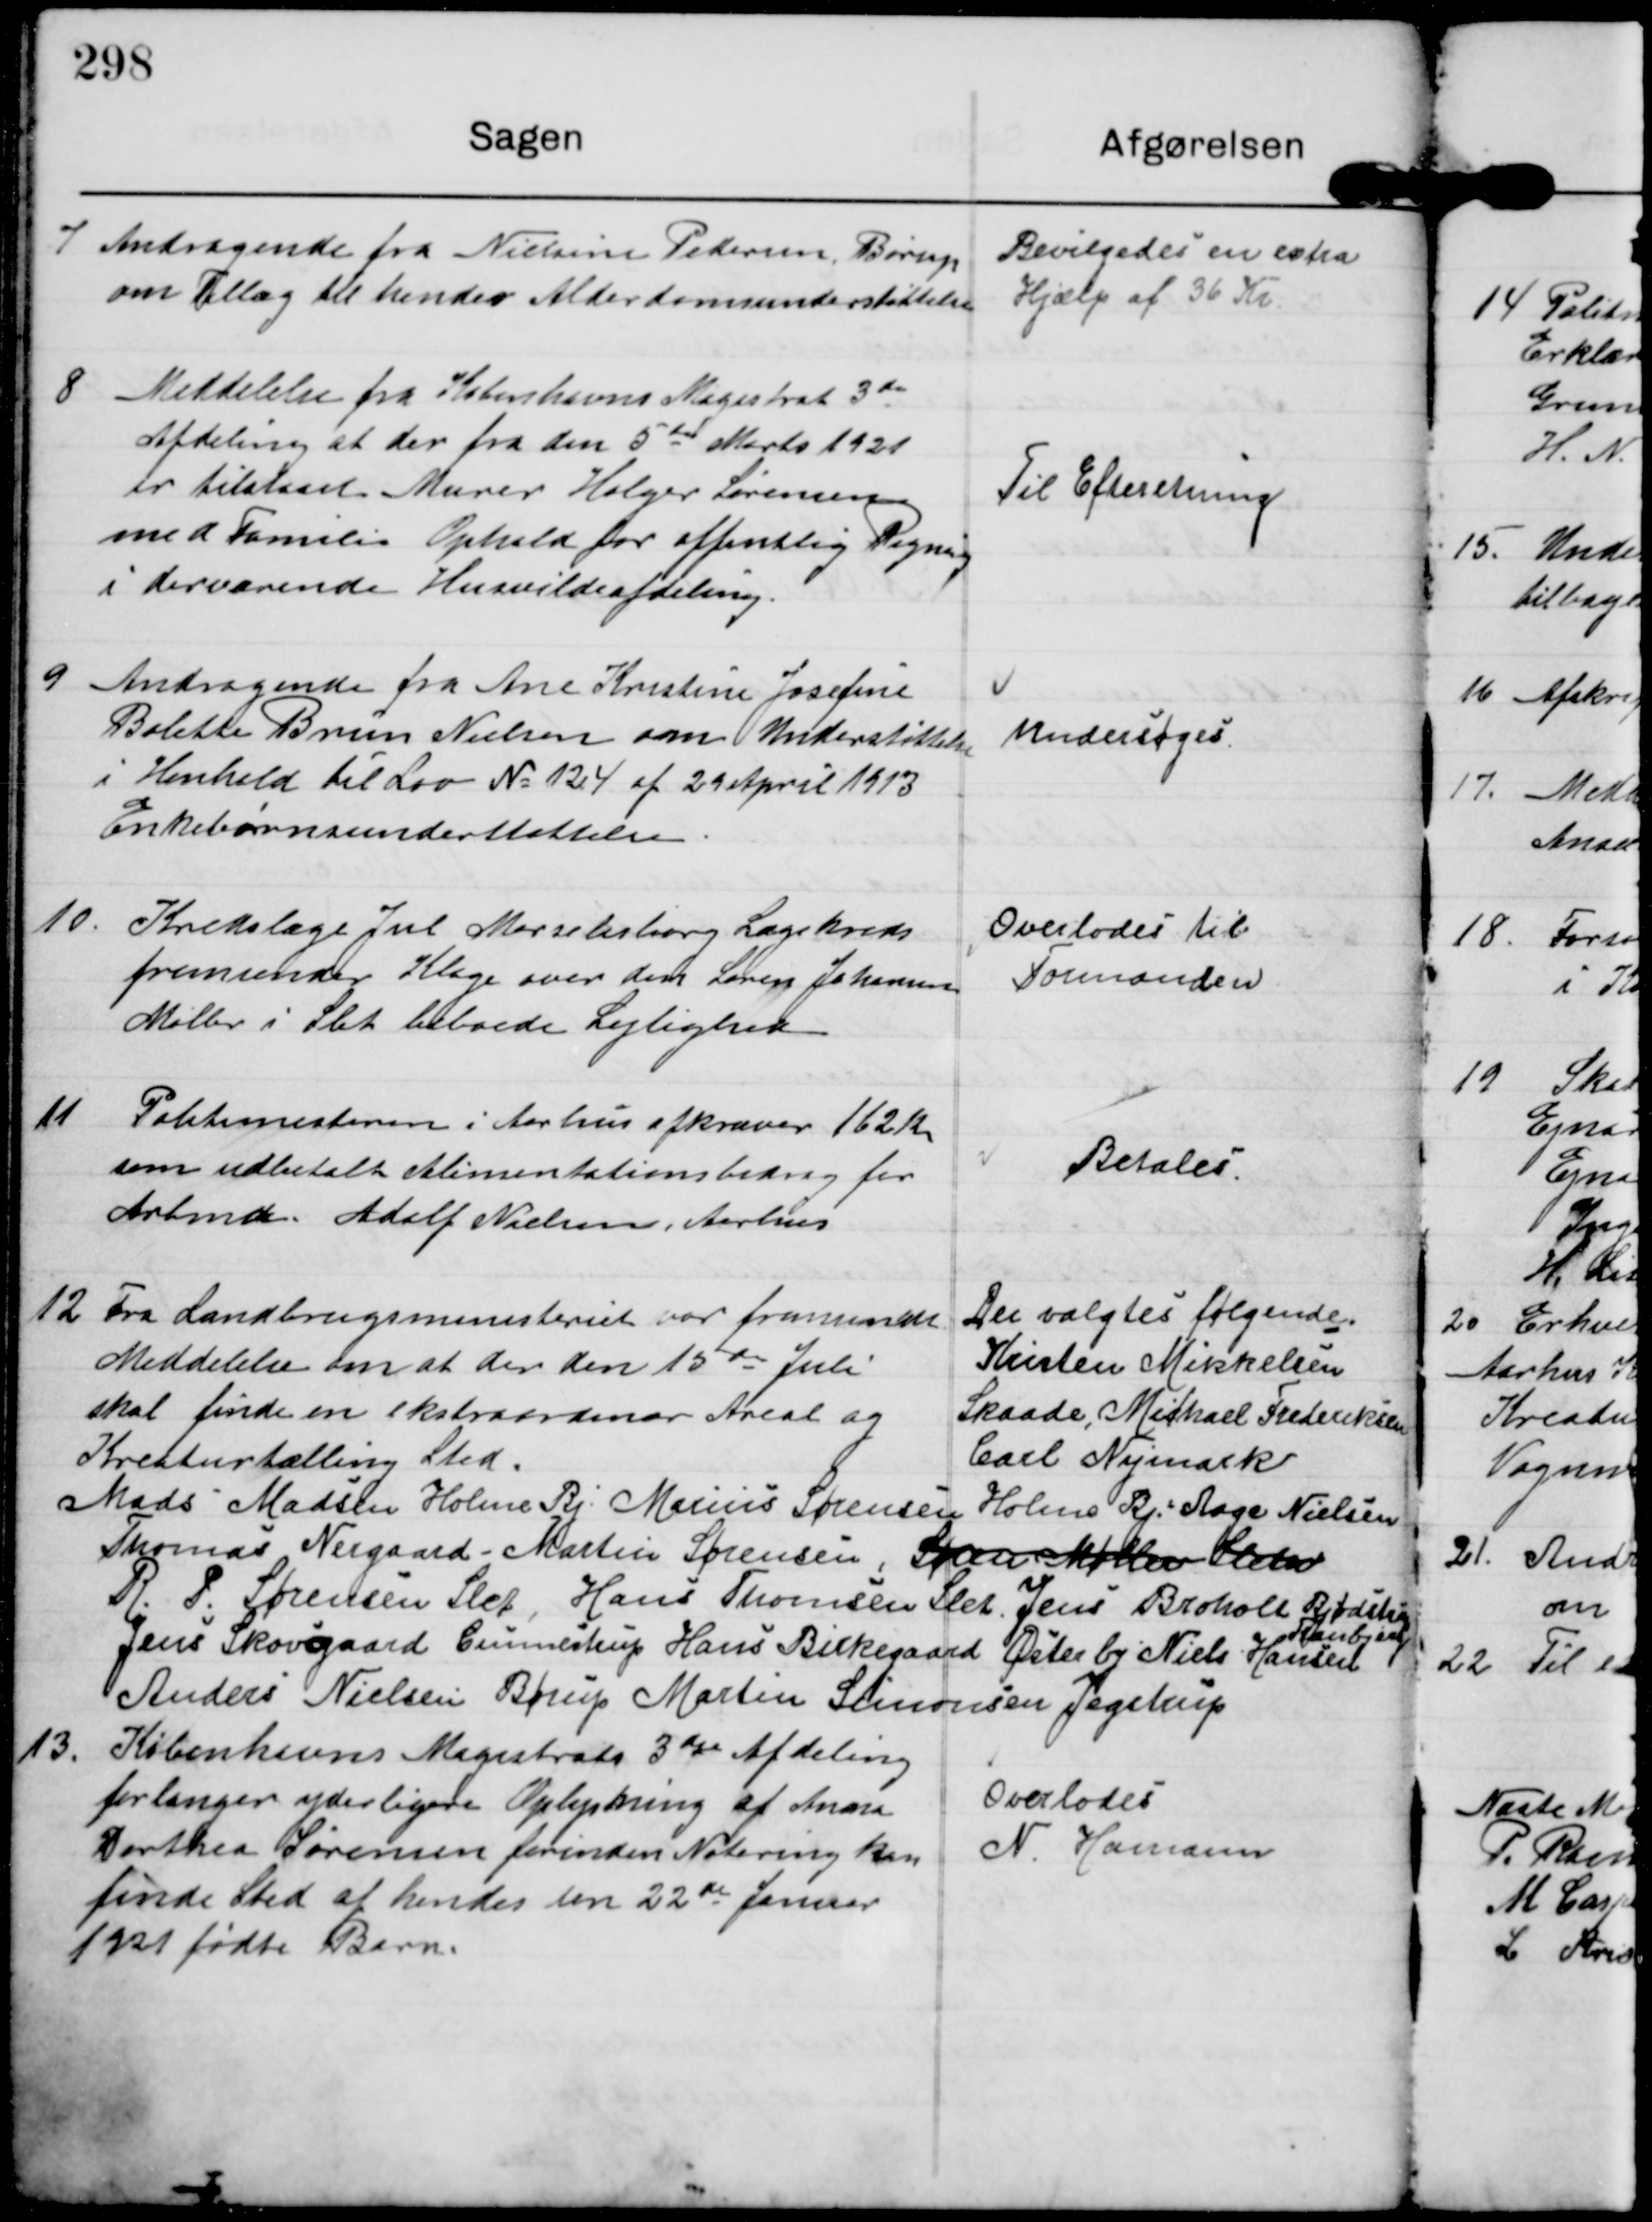
Transskription:
7

Andragende fra Nielsine Pedersen, Børup
om Tillæg til hendes Alderdomsunderstøttelse

Bevilgedes en extra
Hjælp af 36 Kr.

8

Meddelelse fra Københavns Magistrat 3die
Afdeling at der fra den 5te Marts 1921
er tilstaaet Murer Holger Sørensen
med Familie Ophold for offentlig Regnig
i derværende Husvildeafdelsing

Til Efteretning

9

Andragende fra Ane Kristine Josefine
Bolette Brun Nielsen om Understøttelse
i Henhold til Lov N 124 af 29 April 1913
Enkebørnsunderstøttelse

Undersøges

10

Kredslæge Jul Marselisborg Lægekreds
fremsender Klage over den Søren Johansen
Møller i Slet beboede Lejlighed

Overlodes til
Formanden

11

Politimesteren i Aarhus afkræver 162 Kr
som udbetalt Alimentationsbidrag for
Arbmd. Adolf Nielsen, Aarhus

Betales.

12.

Fra Landbrugsministeriet var fremsendt
Meddelelse om at der den 15de Juli
skal finde en ekstraordinær Areal og
Kreaturtælling Sted

Der valgtes følgende.
Kristen Mikkelsen
Skaade, Michael Frederiksen
Carl Nymark
Mads Madsen Holme Bj. Marius Sørensen Holme Bj. Aage Nielsen
Thomas Nergaard Martin Sørensen, Søren Møller Sleth
R. P. Sørensen Slet Hans Thomsen Slet Jens Broholt Bjødstrup
Jens Skovgaard Gunnestrup Hans Birkegaard Østerby Niels Hansen
Tranbjerg
Anders Nielsen Børup Martin Simonsen Jegstrup

13.

Københavns Magistrats 3die Afdeling
forlanger yderligere Oplysning af Anna
Dorthea Sørensen forinden Notering kan
finde Sted af hendes den 22de Januar
1921 fødte Barn.

Overlodes
N. Hamann